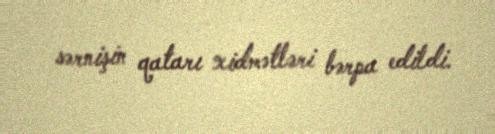
sərnişin qatarı xidmətləri bərpa edildi.